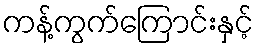
ကန့်ကွက်ကြောင်းနှင့်